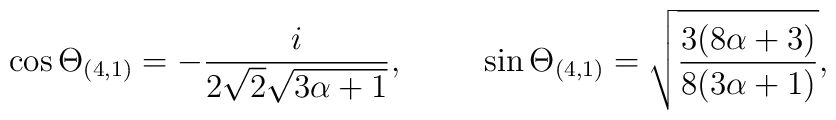
\cos\Theta_{(4,1)} = -\frac{i}{2\sqrt{2} \sqrt{3\alpha+1}},\hspace{1cm}\sin\Theta_{(4,1)} = \sqrt{ \frac{3(8\alpha +3)}{8(3\alpha+1)}},